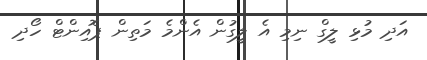
އަދި މުޅި ލީގް ނިމި އެ ލީގުން އެންމެ މަތިން ޕޮއިންޓް ހޯދި